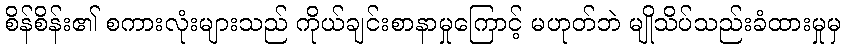
စိန်စိန်း၏ စကားလုံးများသည် ကိုယ်ချင်းစာနာမှုကြောင့် မဟုတ်ဘဲ မျိုသိပ်သည်းခံထားမှုမှ